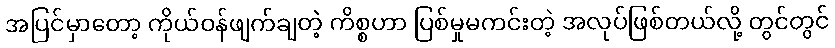
အပြင်မှာတော့ ကိုယ်ဝန်ဖျက်ချတဲ့ ကိစ္စဟာ ပြစ်မှုမကင်းတဲ့ အလုပ်ဖြစ်တယ်လို့ တွင်တွင်